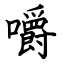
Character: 嚼